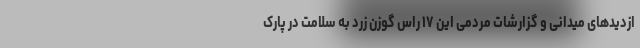
ازدید‌های میدانی و گزارشات مردمی این ۱۷ راس گوزن زرد به سلامت در پارک